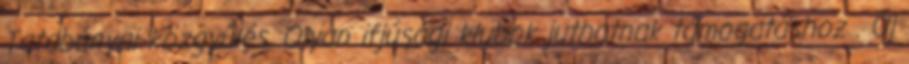
Tatabányai közgyűlés. Olyan ifjúsági klubok juthatnak támogatáshoz . Új